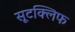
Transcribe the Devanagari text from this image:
सूटक्लिफ